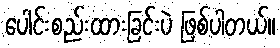
ပေါင်းစည်းထားခြင်းပဲ ဖြစ်ပါတယ်။